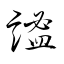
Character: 謐